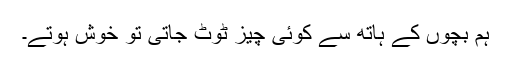
ہم بچوں کے ہاتھ سے کوئی چیز ٹوٹ جاتی تو خوش ہوتے۔